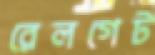
রেলগেট